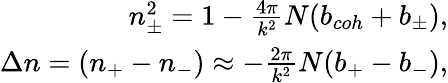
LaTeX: \begin{array}{r}{n_{\pm}^{2}=1-{\frac{4\pi}{k^{2}}}N(b_{coh}+b_{\pm}),}\\ {\Delta n=(n_{+}-n_{-})\approx-{\frac{2\pi}{k^{2}}}N(b_{+}-b_{-}),}\end{array}